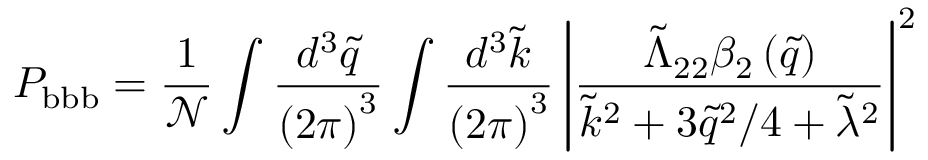
P _ { \mathrm { b b b } } = \frac { 1 } { \mathcal { N } } \int \frac { d ^ { 3 } \tilde { q } } { \left( 2 \pi \right) ^ { 3 } } \int \frac { d ^ { 3 } \tilde { k } } { \left( 2 \pi \right) ^ { 3 } } \left| \frac { \tilde { \Lambda } _ { 2 2 } \beta _ { 2 } \left( \tilde { q } \right) } { \tilde { k } ^ { 2 } + 3 \tilde { q } ^ { 2 } / 4 + \tilde { \lambda } ^ { 2 } } \right| ^ { 2 }